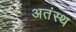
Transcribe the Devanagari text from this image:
अतंस्थ